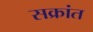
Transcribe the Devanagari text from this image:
सक्रांत